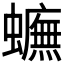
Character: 𧓼